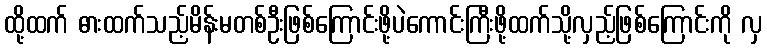
ထို့ထက် ဓားထက်သည့်မိန်းမတစ်ဦးဖြစ်ကြောင်းဖို့ပဲကောင်းကြီးဖို့ထက်သို့လှည့်ဖြစ်ကြောင်းကို လှ